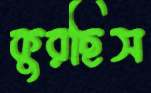
কুরছিস